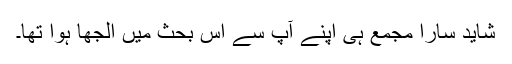
شاید سارا مجمع ہی اپنے آپ سے اس بحث میں الجھا ہوا تھا۔